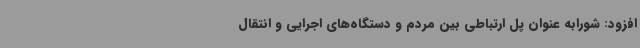
افزود: شورابه عنوان پل ارتباطی بین مردم و دستگاه‌های اجرایی و انتقال